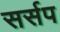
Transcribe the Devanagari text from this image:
सर्सप